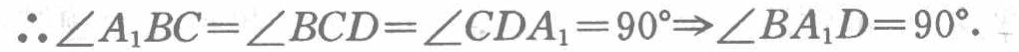
\(\therefore\angle A_{1}BC = \angle BCD=\angle CDA_{1}=90^{\circ}\Rightarrow\angle BA_{1}D = 90^{\circ}.\)